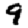
Digit: 9